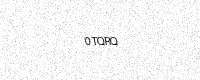
Text: 0TQRQ